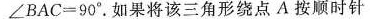
$$∠ B A C = 9 0 °$$。如果将该三角形绕点A按顺时针